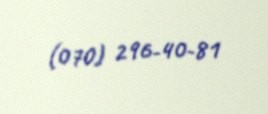
(070) 296-40-81